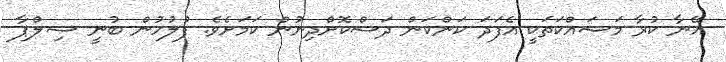
އޭނާ ކުރާ މަސައްކަތަކީ އެފަދަ ކަންކަން ދަސްކޮށްދިނުން ކަމަށެވެ. ފުލުހުން ބުނީ ޝިލްޕާ